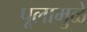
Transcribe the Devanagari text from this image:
पूलामुळे